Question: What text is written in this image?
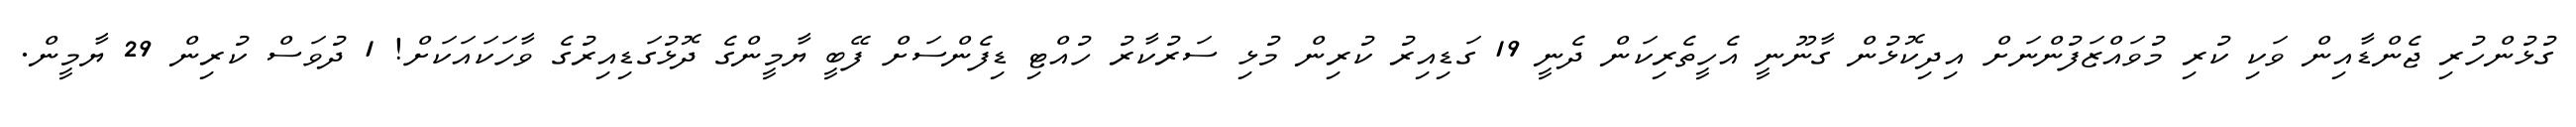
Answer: ގުޅުންހުރި ޖެންޑާއިން ވަކި ކުރި މުވައްޒަފުންނަށް އިދިކޮޅުން ގާނޫނީ އެހީތެރިކަން ދެނީ 19 ގަޑިއިރު ކުރިން މުޅި ސަރުކާރު ހުއްޓި ޑިފެންސަށް ފޭބީ ޔާމީންގެ ދޮޅުގަޑިއިރުގެ ވާހަކައަކަށް! 1 ދުވަސް ކުރިން 29 ޔާމީން.